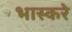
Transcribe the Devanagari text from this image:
भास्करे